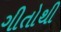
ગીતોથી